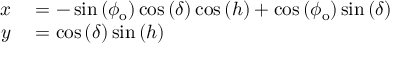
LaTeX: \begin{array} { r l } { x } & { { } = - \sin \left( \phi _ { \mathrm { o } } \right) \cos \left( \delta \right) \cos \left( h \right) + \cos \left( \phi _ { \mathrm { o } } \right) \sin \left( \delta \right) } \\ { y } & { { } = \cos \left( \delta \right) \sin \left( h \right) } \end{array}